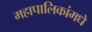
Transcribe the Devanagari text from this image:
महापालिकांमधे